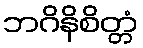
ဘဂိနိစိတ္တံ